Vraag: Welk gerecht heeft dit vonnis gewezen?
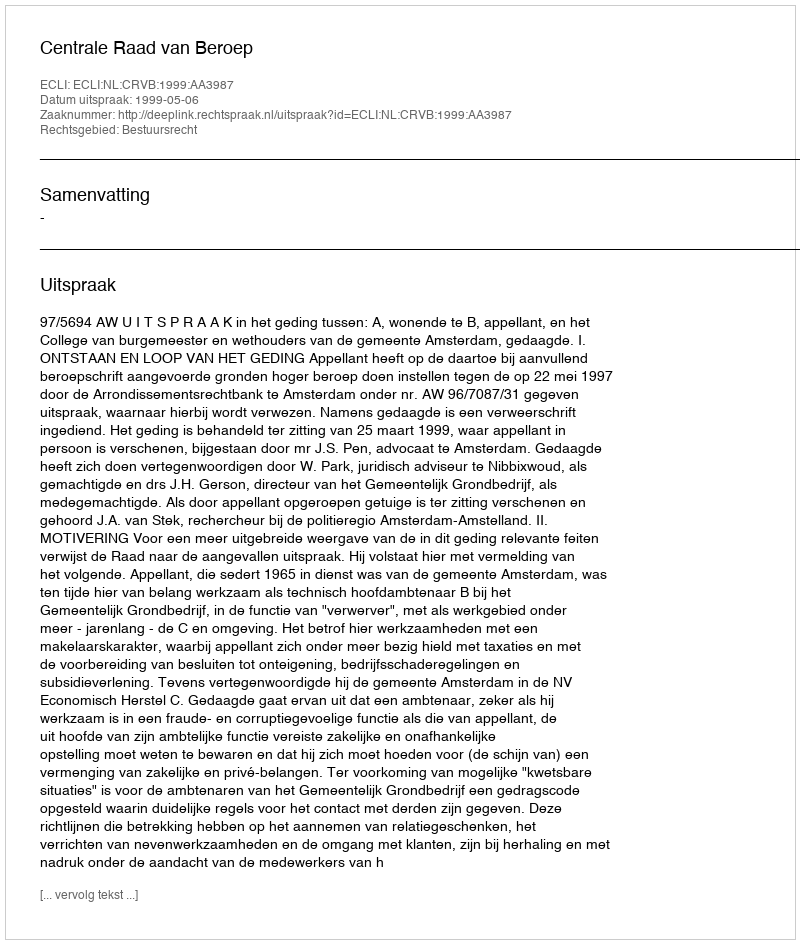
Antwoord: Centrale Raad van Beroep